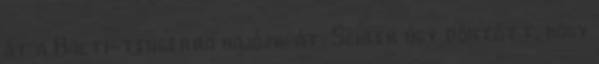
át a Balti-tengerra hajózik át. Scheer úgy döntött, hogy